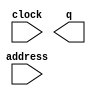
module Test (
	address,
	clock,
	q);

	input	[0:0]  address;
	input	  clock;
	output	[15:0]  q;

endmodule